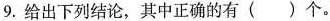
9.给出下列结论，其中正确的有()个。